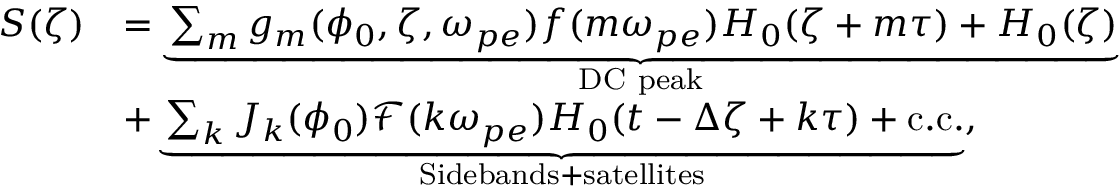
\begin{array} { r l } { S ( \zeta ) } & { = \underbrace { \sum _ { m } g _ { m } ( \phi _ { 0 } , \zeta , \omega _ { p e } ) f ( m \omega _ { p e } ) H _ { 0 } ( \zeta + m \tau ) + H _ { 0 } ( \zeta ) } _ { \mathrm { D C ~ p e a k } } } \\ & { + \underbrace { \sum _ { k } J _ { k } ( \phi _ { 0 } ) \mathcal { F } ( k \omega _ { p e } ) H _ { 0 } ( t - \Delta \zeta + k \tau ) + \mathrm { c . c . } } _ { \mathrm { S i d e b a n d s + s a t e l l i t e s } } , } \end{array}